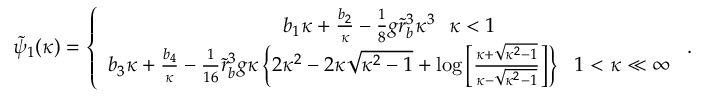
\begin{array} { r } { \tilde { \psi } _ { 1 } ( \kappa ) = \left\{ \begin{array} { c } { b _ { 1 } \kappa + \frac { b _ { 2 } } { \kappa } - \frac { 1 } { 8 } g \tilde { r } _ { b } ^ { 3 } \kappa ^ { 3 } ~ ~ \kappa < 1 } \\ { b _ { 3 } \kappa + \frac { b _ { 4 } } { \kappa } - \frac { 1 } { 1 6 } \tilde { r } _ { b } ^ { 3 } g \kappa \left\{ 2 \kappa ^ { 2 } - 2 \kappa \sqrt { \kappa ^ { 2 } - 1 } + \log \left[ \frac { \kappa + \sqrt { \kappa ^ { 2 } - 1 } } { \kappa - \sqrt { \kappa ^ { 2 } - 1 } } \right] \right\} ~ ~ 1 < \kappa \ll \infty } \end{array} \right. . } \end{array}